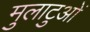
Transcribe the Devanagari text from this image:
मुलाटुओं